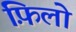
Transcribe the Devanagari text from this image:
फ़िलो